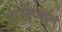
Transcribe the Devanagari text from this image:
कंसेप्शन